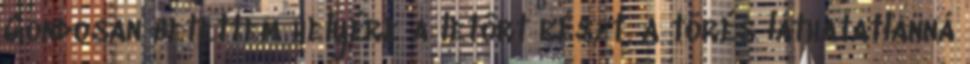
Gondosan betettem helyére a letört részt, a törés láthatatlanná